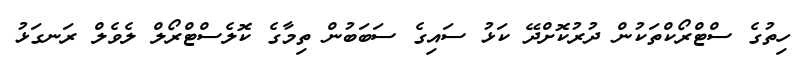
ހިތުގެ ސްޓްރޯކްތަކުން ދުރުކޮށްދޭ ކަޅު ސައިގެ ސަބަބުން ތިމާގެ ކޮލެސްޓްރޯލް ލެވެލް ރަނގަޅު